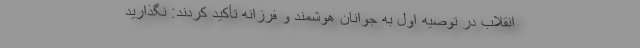
انقلاب در توصیه اول به جوانان هوشمند و فرزانه تأکید کردند: نگذارید